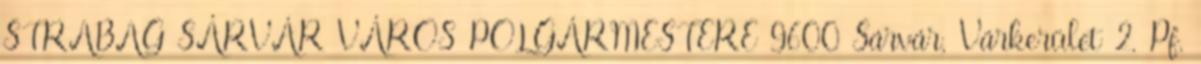
STRABAG SÁRVÁR VÁROS POLGÁRMESTERE 9600 Sárvár, Várkerület 2. Pf.